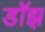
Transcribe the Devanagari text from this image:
डॉझ